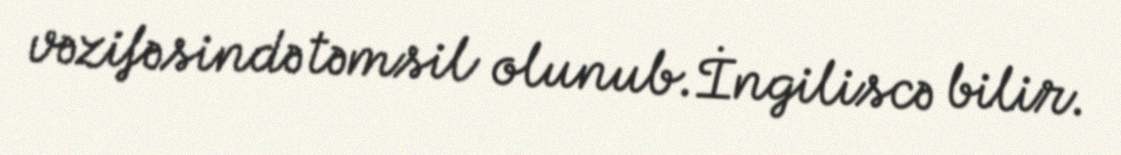
vəzifəsində təmsil olunub.İngiliscə bilir.